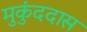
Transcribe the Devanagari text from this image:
मुकुंददास